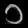
Digit: ၁